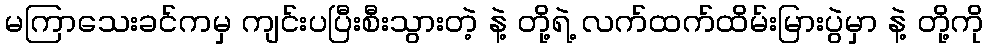
မကြာသေးခင်ကမှ ကျင်းပပြီးစီးသွားတဲ့ နဲ့ တို့ရဲ့ လက်ထက်ထိမ်းမြားပွဲမှာ နဲ့ တို့ကို